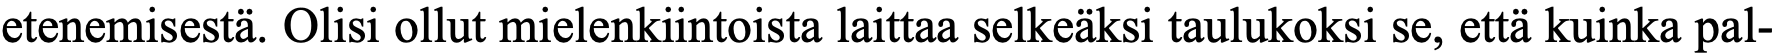
etenemisestä. Olisi ollut mielenkiintoista laittaa selkeäksi taulukoksi se, että kuinka pal-